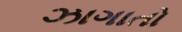
ઝાગાતો